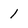
Character: 1